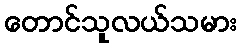
တောင်သူလယ်သမား